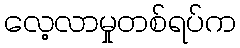
လေ့လာမှုတစ်ရပ်က